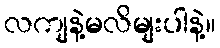
လကျနဲ့မလိမျးပါနဲ့။